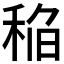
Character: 𰨬